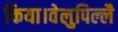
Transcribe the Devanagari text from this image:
किया।वेलुपिल्लै